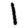
Digit: 1